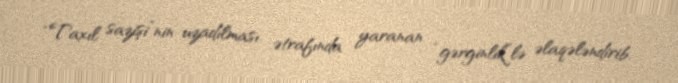
“Taxıl sazişi”nin uzadılması ətrafında yaranan “gərginlik”lə əlaqələndirib.